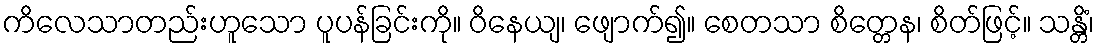
ကိလေသာတည်းဟူသော ပူပန်ခြင်းကို။ ဝိနေယျ၊ ဖျောက်၍။ စေတသာ စိတ္တေန၊ စိတ်ဖြင့်။ သန္တိံ၊